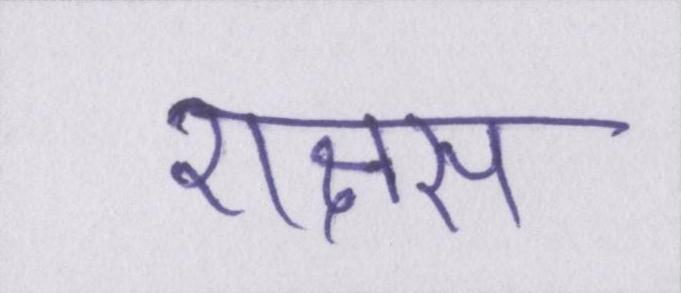
राक्षस